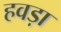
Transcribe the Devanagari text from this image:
हवड़ा